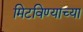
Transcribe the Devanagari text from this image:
मिटविण्याच्या